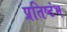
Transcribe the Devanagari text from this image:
प्रतिष्टंभ